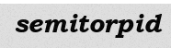
semitorpid